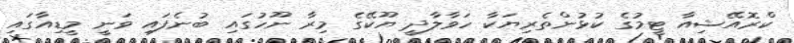
ކްރޮއޭޝިއާ ޓީމުގެ ކުޅުންތެރިޔަކާ ހަވާލާދީ ޔޫކޭގެ މިރާ ނޫހުގައި ބުނެފައި ވަނީ މީޑިއާގައި